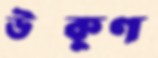
উত্কুণ